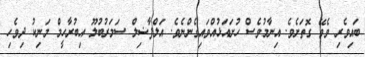
ބައިވެރި ވެވޭ ގޮތަށެވެ. އިނާމުވެސް ހުށައަޅުއްވައިގެންނެވެ. އަލްފާޟިލް ސަމަރުބުލޫ އިބުރާހީމް މަނިކު ދިވެހި